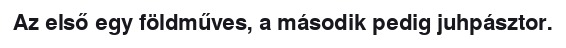
Az első egy földműves, a második pedig juhpásztor.